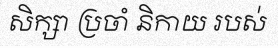
សិក្សា ប្រចាំ និកាយ របស់